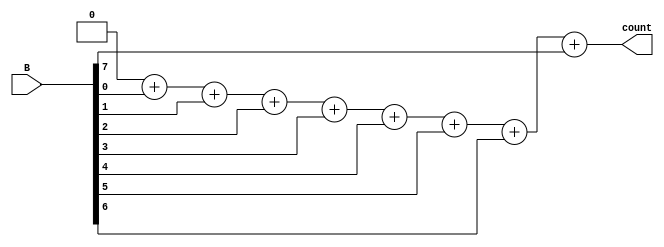
`timescale 1 ns/1 ns  
module bitcount(B,count);
input  [7:0] B;
output [3:0] count;
integer      k;
reg    [3:0] count;
	
always@(B)
  begin
     count = 0;
     for (k = 0; k <= 7; k = k + 1)
        count = count+B[k];
     end
endmodule